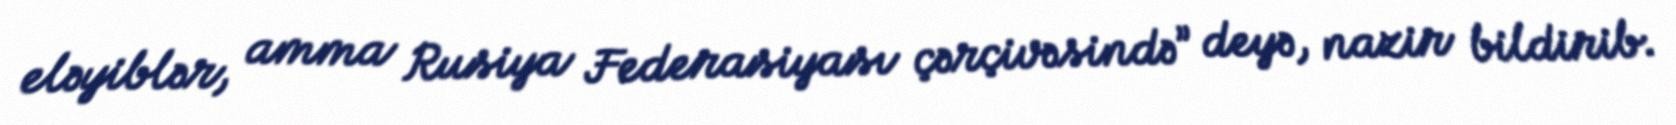
eləyiblər, amma Rusiya Federasiyası çərçivəsində” deyə, nazir bildirib.